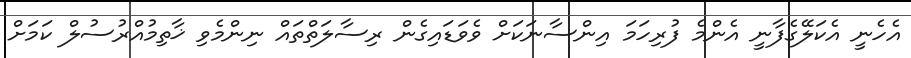
އެހެނީ އެކަލޭގެފާނީ އެންމެ ފުރިހަމަ އިންސާނަކަށް ވެވަޑައިގެން ރިސާލަތްތައް ނިންމެވި ޚާތިމުއްރުސުލް ކަމަށް